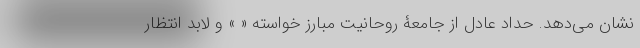
نشان می‌دهد. حداد عادل از جامعۀ روحانیت مبارز خواسته « » و لابد انتظار